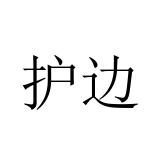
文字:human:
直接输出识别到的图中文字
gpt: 护边